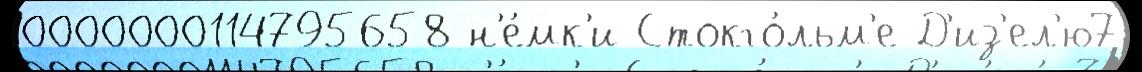
0000000114795658 н'е́мк'и Стокго́льм'е Д'из'ел'ю7